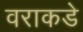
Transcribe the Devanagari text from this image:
वराकडे